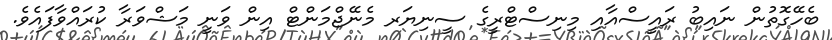
ބެހޭގޮތުން ނައިބު ރައީސްއާއި މިނިސްޓްރީގެ ސީނިޔަރ މެނޭޖްމަންޓް އިން ވަނީ މަޝްވަރާ ކުރައްވާފައެވެ.